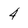
Character: 4